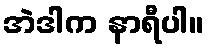
အဲဒါက နာရီပါ။